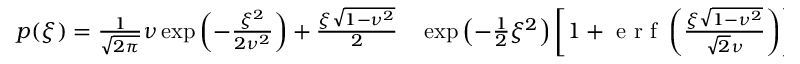
\begin{array} { r l } { p ( \xi ) = \frac { 1 } { \sqrt { 2 \pi } } \nu \exp \left( - \frac { \xi ^ { 2 } } { 2 \nu ^ { 2 } } \right) + \frac { \xi \sqrt { 1 - \nu ^ { 2 } } } { 2 } } & { { } \exp \left( - \frac { 1 } { 2 } \xi ^ { 2 } \right) \left[ 1 + \mathrm { ~ e ~ r ~ f ~ } \left( \frac { \xi \sqrt { 1 - \nu ^ { 2 } } } { \sqrt { 2 } \nu } \right) \right] , } \end{array}